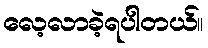
လေ့လာခဲ့ရပါတယ်။